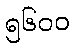
၅၆၀၀